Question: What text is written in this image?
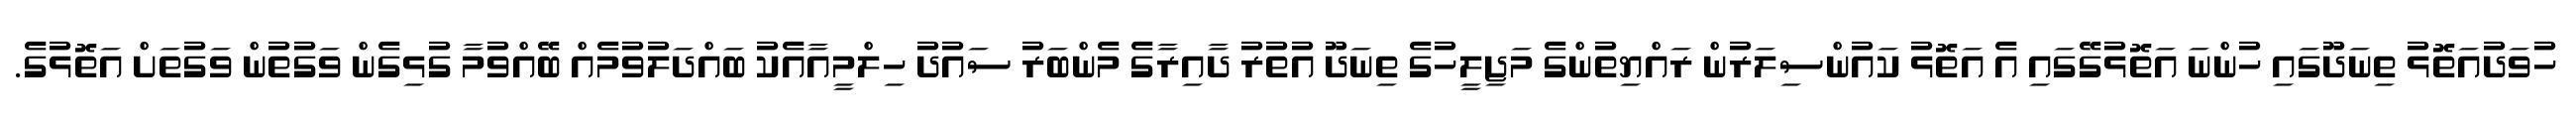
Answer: ހުވަދުއަތޮޅު ތިނަދޫގައި ހުންނަ އަތޮޅުގޭގައި އެ އަތޮޅު ކައުންސިލަރުން ރައްޔިތުންގެ މަޖިލީހުގެ ތިނަދޫ އުތުރު ދާއިރާގެ މެންބަރު ސައުދު ހިލްމީއާއެކު ބައްދަލުވުމެއް ބޭއްވުމާ ގުޅިގެން ވަގުތުން ވަގުތަށް އަތޮޅުގެ.